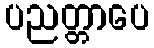
ပညတ္တာပေ